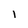
Character: l